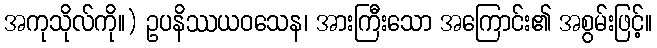
အကုသိုလ်ကို။) ဥပနိဿယဝသေန၊ အားကြီးသော အကြောင်း၏ အစွမ်းဖြင့်။